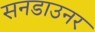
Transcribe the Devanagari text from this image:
सनडाउनर